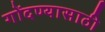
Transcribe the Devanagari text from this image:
गोंदण्यासाठी